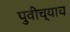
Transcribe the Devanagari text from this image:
पुवीच्याच